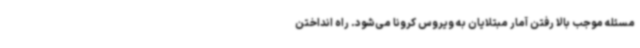
مسئله موجب بالا رفتن آمار مبتلایان به ویروس کرونا می‌شود. راه انداختن